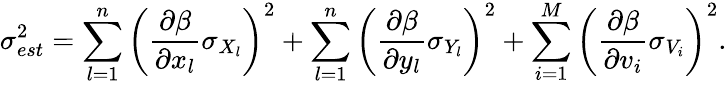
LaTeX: \sigma_{est}^{2}=\sum_{l=1}^{n}\left(\frac{\partial\beta}{\partial x_{l}}\sigma_{X_{l}}\right)^{2}+\sum_{l=1}^{n}\left(\frac{\partial\beta}{\partial y_{l}}\sigma_{Y_{l}}\right)^{2}+\sum_{i=1}^{M}\left(\frac{\partial\beta}{\partial v_{i}}\sigma_{V_{i}}\right)^{2}.